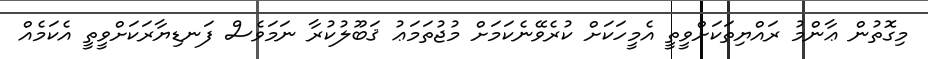
މިގޮތުން ޢާންމު ރައްޔިތަކަށްވީތީ އެމީހަކަށް ކުރެވޭނެކަމަށް މުޖުތަމަޢު ޤަބޫލުކުރާ ނަމަވެސް ފަނޑިޔާރަކަށްވީތީ އެކަމެއް